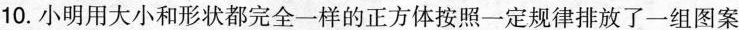
10.小明用大小和形状都完全一样的正方体按照一定规律排放了一组图案